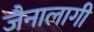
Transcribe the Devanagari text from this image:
जैनालागी